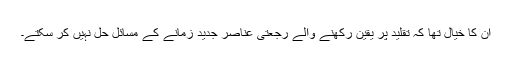
ان کا خیال تھا کہ تقلید پر یقین رکھنے والے رجعتی عناصر جدید زمانے کے مسائل حل نہیں کر سکتے۔